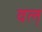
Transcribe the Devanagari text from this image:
वल्‌